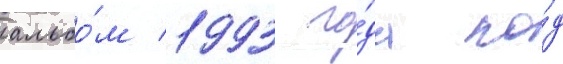
альбо́м 1993 го́да по́д